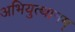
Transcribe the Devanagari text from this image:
अभियुत्थानम्